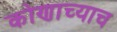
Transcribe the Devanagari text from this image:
कोणाच्याच